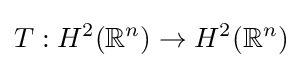
T:H^{2}(\mathbb {R} ^{n})\to H^{2}(\mathbb {R} ^{n})